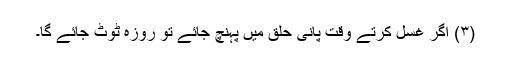
(۳) اگر غسل کرتے وقت پانی حلق میں پہنچ جائے تو روزہ ٹوٹ جائے گا۔